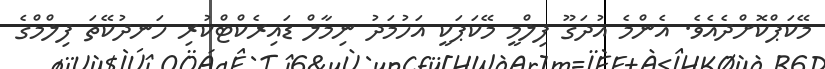
މޭކަޕްކޮށްދެއެވެ. އެންމެ އުދަގޫ ފިލްމީ މޭކަޕަކީ އަހުމަދު ނިމާލް ޑައިރެކްޓްކުރި ހަނދުކޭތަ ފިލްމްގެ